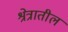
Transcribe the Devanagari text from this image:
श्रेत्रातील